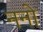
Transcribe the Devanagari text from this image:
ननो